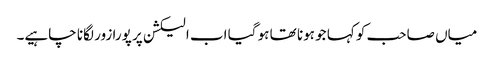
میاں صاحب کو کہا جو ہونا تھا ہو گیا اب الیکشن پر پورا زور لگانا چاہیے۔